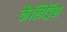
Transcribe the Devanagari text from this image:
कैलिड्रिस